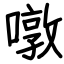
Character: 噋